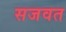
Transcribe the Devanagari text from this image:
सजवत